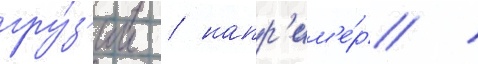
гру́з'ии / напр'им'е́р /